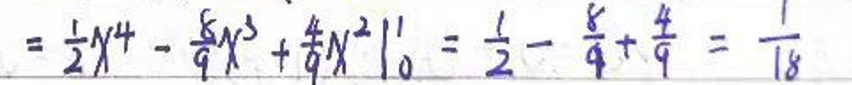
$= \frac{1}{2} y ^ { 4 } - \frac{5}{9} y ^ { 3 } + \frac{4}{9} y ^ { 2 } \vert _ { 0 } ^ { 1 } = \frac{1}{2} - \frac{5}{9} + \frac{4}{9} = \frac{1}{18}$